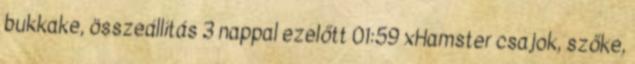
bukkake, összeállítás 3 nappal ezelőtt 01:59 xHamster csajok, szőke,